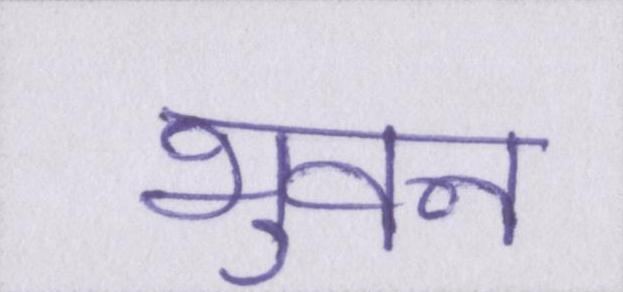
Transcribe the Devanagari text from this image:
भुवन